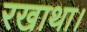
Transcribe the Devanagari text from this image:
रखाथा।